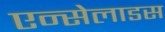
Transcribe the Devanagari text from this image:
एन्सेलाडस